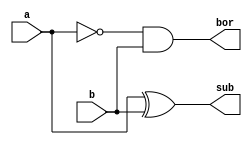
`timescale 1ns / 1ps
//////////////////////////////////////////////////////////////////////////////////
// Company: 
// Engineer: 
// 
// Design Name: 
// Module Name:    half_sub 
// Project Name: 
// Target Devices: 
// Tool versions: 
// Description: 
//
// Dependencies: 
//
// Revision: 
// Revision 0.01 - File Created
// Additional Comments: 
//
//////////////////////////////////////////////////////////////////////////////////
module half_sub(sub, bor, a, b  );
	input a, b;
	output sub, bor;
	wire w1;
	xor xor1(sub, a, b);
	not not1(w1, a);
	and and1(bor, w1, b);

endmodule